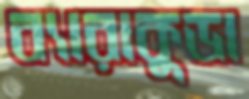
ব্যারাকুডা